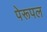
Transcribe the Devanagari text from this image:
पेरूपल